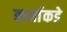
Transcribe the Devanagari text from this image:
कर्माकडे